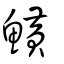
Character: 鱑